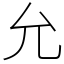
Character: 允